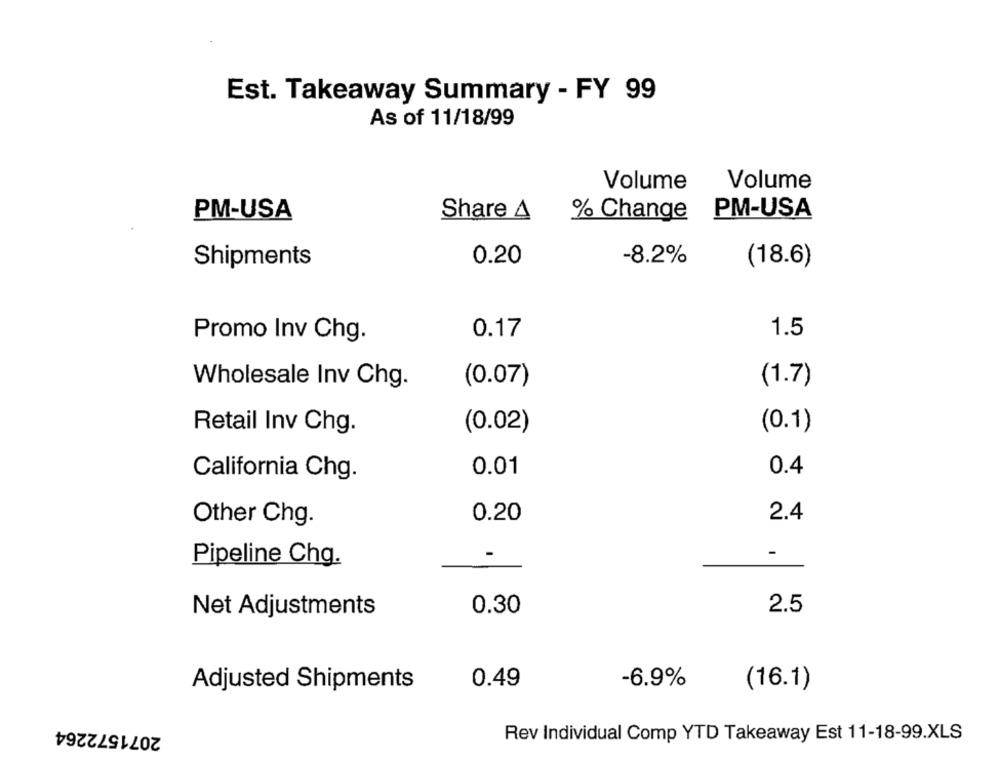
Est. Takeaway Summary - FY 99
As of 11/18/99
Volume
Volume
PM-USA
PM-USA
Share 4
% Change
Shipments
0.20
-8.2%
(18.6)
0.17
1.5
Promo Inv Chg.
Wholesale Inv Chg.
(0.07)
(1.7)
Retail Inv Chg.
(0.02)
(0.1)
0.01
0.4
California Chg.
2.4
Other Chg.
0.20
-
Pipeline Chg.
0.30
2.5
Net Adjustments
0.49
(16.1)
Adjusted Shipments
-6.9%
2071572264
Rev Individual Comp YTD Takeaway Est 11-18-99.XLS